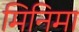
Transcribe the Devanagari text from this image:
मिनिमा